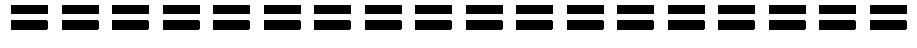
==================